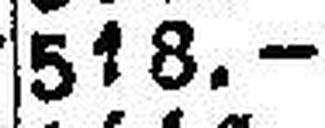
518.—